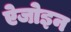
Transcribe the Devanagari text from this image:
ऐजोइन